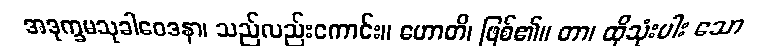
အဒုက္ခမသုခါဝေဒနာ၊ သည်လည်းကောင်း။ ဟောတိ၊ ဖြစ်၏။ တာ၊ ထိုသုံးပါး သော